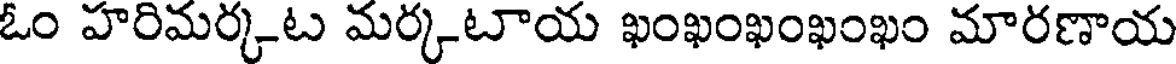
ఓం హరిమర్కట మర్కటాయ ఖంఖంఖంఖంఖం మారణాయ